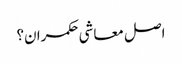
اصل معاشی حکمران؟